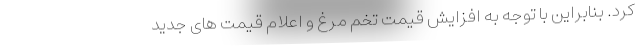
کرد. بنابراین با توجه به افزایش قیمت تخم مرغ و اعلام قیمت های جدید